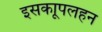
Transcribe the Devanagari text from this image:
इसकाूपलहन